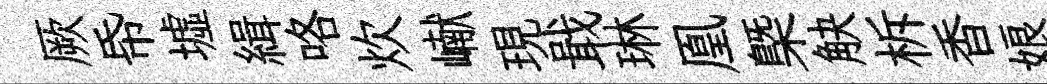
厥帋墟緝咯炊𪩘現戢琳凰㮣觖柝香娘